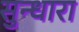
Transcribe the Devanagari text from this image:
सुन्धारा